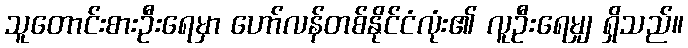
သူတောင်းစားဦးရေမှာ ဟော်လန်တစ်နိုင်ငံလုံး၏ လူဦးရေမျှ ရှိသည်။